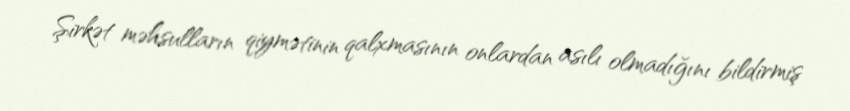
Şirkət məhsulların qiymətinin qalxmasının onlardan asılı olmadığını bildirmiş